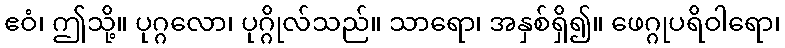
ဧဝံ၊ ဤသို့။ ပုဂ္ဂလော၊ ပုဂ္ဂိုလ်သည်။ သာရော၊ အနှစ်ရှိ၍။ ဖေဂ္ဂုပရိဝါရော၊